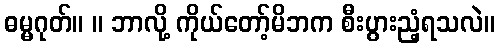
ဓမ္မဂုတ်။ ။ ဘာလို့ ကိုယ်တော့်မိဘက စီးပွားညံ့ရသလဲ။